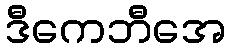
ဒီကေဘီအေ